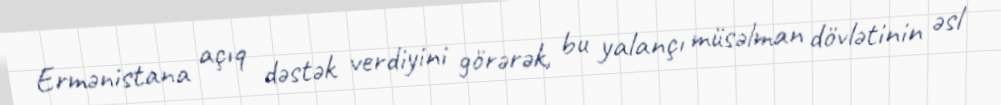
Ermənistana açıq dəstək verdiyini görərək, bu yalançı müsəlman dövlətinin əsl